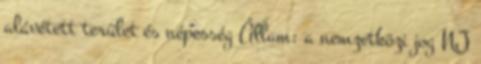
alávetett terület és népesség Állam: a nemzetközi jog NJ